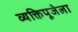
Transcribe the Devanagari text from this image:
व्यक्तिपूजेला